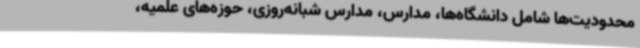
‌محدودیت‌ها شامل دانشگاه‌ها، مدارس، مدارس شبانه‌روزی، حوزه‌های علمیه،